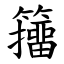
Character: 籒